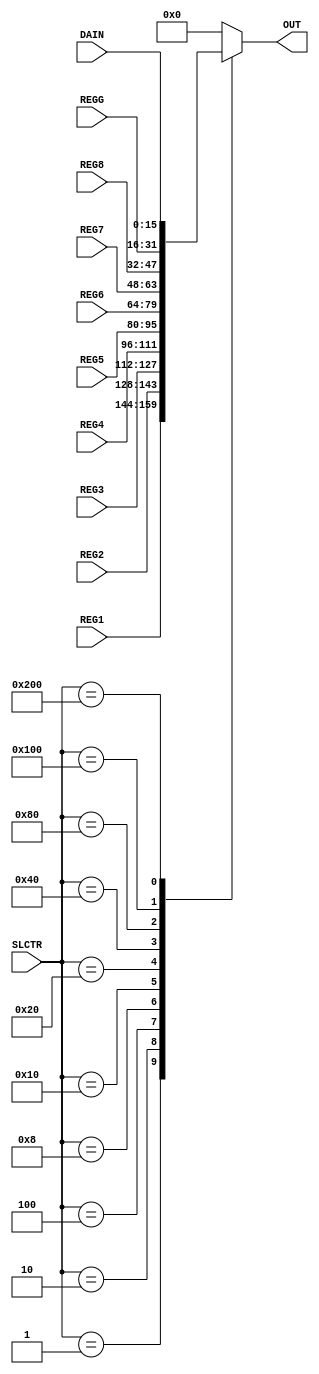
module MULTIPLEXER
(
    input [15:0] REG1,
    input [15:0] REG2,
    input [15:0] REG3,
    input [15:0] REG4,
    input [15:0] REG5,
    input [15:0] REG6,
    input [15:0] REG7,
    input [15:0] REG8,
    input [15:0] REGG,
    input [15:0] DAIN,
    input [9:0] SLCTR,
    output reg [15:0] OUT
);

    always @ (*)
        begin
            case (SLCTR)
                10'b00_0000_0001:
                    begin
                        OUT <= REG1;
                    end
                10'b00_0000_0010:
                    begin
                        OUT <= REG2;
                    end
                10'b00_0000_0100:
                    begin
                        OUT <= REG3;
                    end
                10'b00_0000_1000:
                    begin
                        OUT <= REG4;
                    end
                10'b00_0001_0000:
                    begin
                        OUT <= REG5;
                    end
                10'b00_0010_0000:
                    begin
                        OUT <= REG6;
                    end
                10'b00_0100_0000:
                    begin
                        OUT <= REG7;
                    end
                10'b00_1000_0000:
                    begin
                        OUT <= REG8;
                    end
                10'b01_0000_0000:
                    begin
                        OUT <= REGG;
                    end
                10'b10_0000_0000:
                    begin
                        OUT <= DAIN;
                    end
                default:
                    begin
                        OUT <= 16'b0000_0000_0000_0000;
                    end
            endcase
        end

endmodule

module testMULTIPLEXER;

    reg [15:0] A, B, C, D, E, F, G, H, DI, RG;
    reg [9:0] S;
    wire [15:0] O;
    
    initial begin
        A = 16'b0000_0000_0000_0001;
        B = 16'b0000_0000_0000_0010;
        C = 16'b0000_0000_0000_0100;
        D = 16'b0000_0000_0000_1000;
        E = 16'b0000_0000_0001_0000;
        F = 16'b0000_0000_0010_0000;
        G = 16'b0000_0000_0100_0000;
        H = 16'b0000_0000_1000_0000;
        DI = 16'b0000_0001_0000_0000;
        RG = 16'b0000_0010_0000_0000;
        S = 10'b00_0000_0000;
    end
    
    MULTIPLEXER UUT(
        .REG1(A),
        .REG2(B),
        .REG3(C),
        .REG4(D),
        .REG5(E),
        .REG6(F),
        .REG7(G),
        .REG8(H),
        .REGG(RG),
        .DAIN(DI),
        .SLCTR(S),
        .OUT(O)
    );
    
    initial begin
        #1
        S = 10'b00_0000_0001;
        #1
        S = 10'b00_0000_0010;
        #1
        S = 10'b00_0000_0100;
        #1
        S = 10'b00_0000_1000;
        #1
        S = 10'b00_0001_0000;
        #1
        S = 10'b00_0010_0000;
        #1
        S = 10'b00_0100_0000;
        #1
        S = 10'b00_1000_0000;
        #1
        S = 10'b01_0000_0000;
        #1
        S = 10'b10_0000_0000;
        #1
        S = 10'b00_1010_0000;
        #1
        S = 10'b00_0000_0000;
        #1
        S = 10'b00_0000_0010;
    end

endmodule